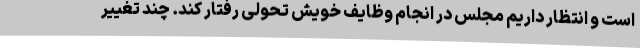
است و انتظار داریم مجلس در انجام وظایف خویش تحولی رفتار کند. چند تغییر